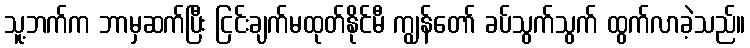
သူ့ဘက်က ဘာမှဆက်ပြီး ငြင်းချက်မထုတ်နိုင်မီ ကျွန်တော် ခပ်သွက်သွက် ထွက်လာခဲ့သည်။